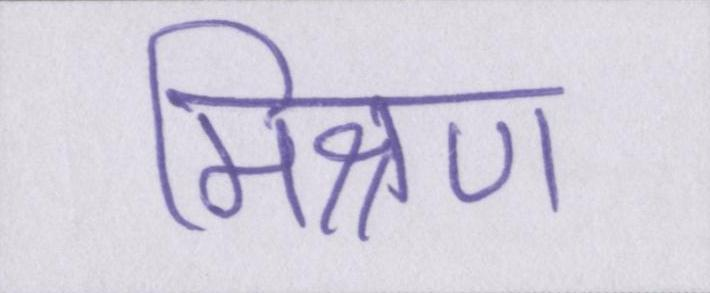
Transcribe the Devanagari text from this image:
मिश्रण